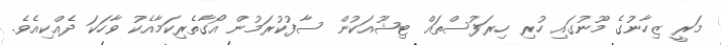
މަރީ ޒިހާނުގެ މޫނުގައި ހުރި ހިރަފުސްތައް ޓިޝޫއަކުން ސާފުކުރަމުން އޯގާތެރިކަމާއެކު ވާހަކަ ދެއްކިއެވެ.